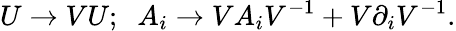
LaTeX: U\rightarrow VU;\; \; A_{i}\rightarrow VA_{i}V^{-1}+V\partial_{i}V^{-1}.